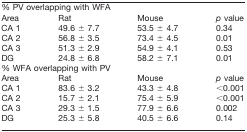
<table><thead><tr><td colspan="3"><b>% PV overlapping with WFA</b></td><td></td></tr><tr><td><b>Area</b></td><td><b>Rat</b></td><td><b>Mouse</b></td><td><b><i>p</i> value</b></td></tr></thead><tbody><tr><td>CA 1</td><td>49.6 ± 7.7</td><td>53.5 ± 4.7</td><td>0.34</td></tr><tr><td>CA 2</td><td>56.8 ± 3.5</td><td>73.4 ± 4.5</td><td>0.01</td></tr><tr><td>CA 3</td><td>51.3 ± 2.9</td><td>54.9 ± 4.1</td><td>0.53</td></tr><tr><td>DG</td><td>24.8 ± 6.8</td><td>58.2 ± 7.1</td><td>0.01</td></tr><tr><td colspan="3">% WFA overlapping with PV</td><td></td></tr><tr><td>Area</td><td>Rat</td><td>Mouse</td><td><i>p</i> value</td></tr><tr><td>CA 1</td><td>83.6 ± 3.2</td><td>43.3 ± 4.8</td><td>&lt;0.001</td></tr><tr><td>CA 2</td><td>15.7 ± 2.1</td><td>75.4 ± 5.9</td><td>&lt;0.001</td></tr><tr><td>CA 3</td><td>29.3 ± 1.5</td><td>77.9 ± 6.6</td><td>0.002</td></tr><tr><td>DG</td><td>25.3 ± 5.8</td><td>40.5 ± 6.6</td><td>0.14</td></tr></tbody></table>